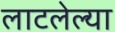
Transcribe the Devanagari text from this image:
लाटलेल्या